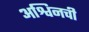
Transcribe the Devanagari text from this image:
अश्विनची